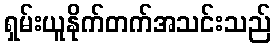
ရှမ်းယူနိုက်တက်အသင်းသည်